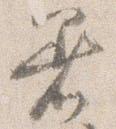
着